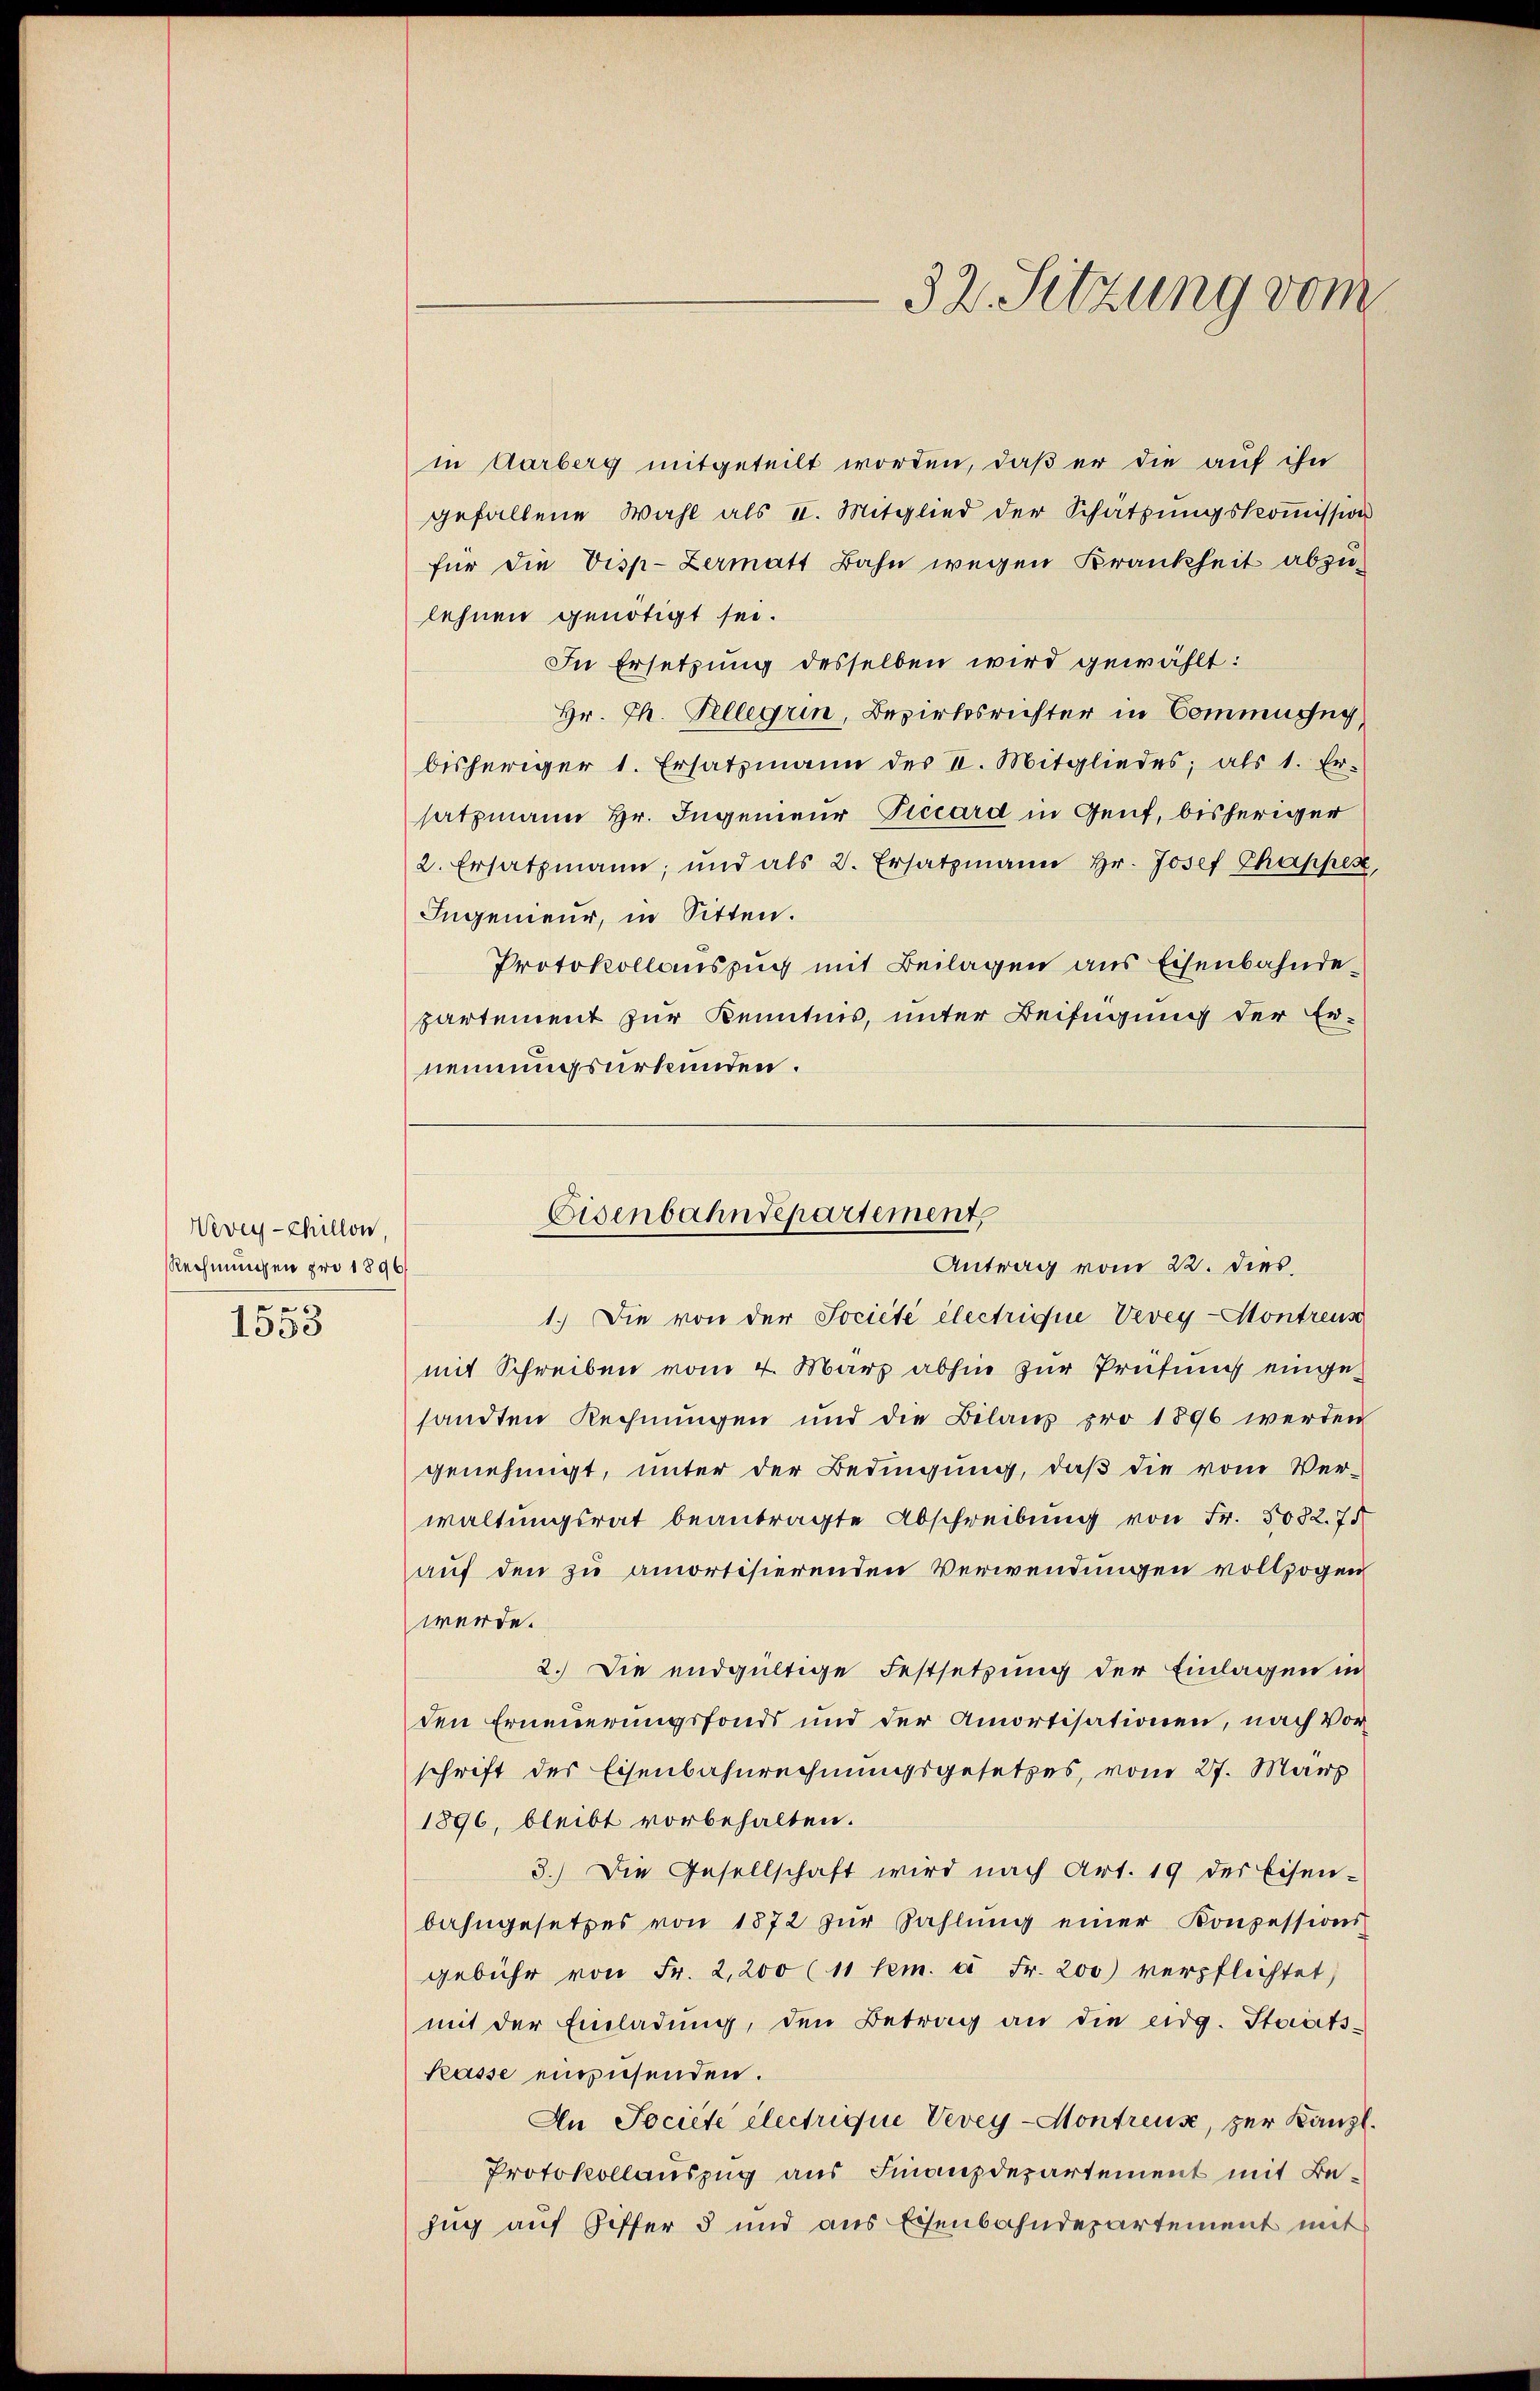
Vevey-chillon
Rechnungen pro 1896/
e

1535

in Aarberg mitgeteilt worden, daß er die auf ihn
gefallene Wahl als II. Mitglied der Schätzungskommission
für die Visp-Zermatt Bahn wegen Krankheit abzu-
lehnen genötigt sei.
In Ersetzung desselben wird gewählt:
Hr. Th. Tellerin, Bezirksrichter in Commissig
bisheriger 1. Ersatzmann des I. Mitgliedes; als 1. Er-
satzmann Hr. Ingenieur Diccard in Genf, bisheriger
2. Ersatzmann, und als 2. Ersatzmann Hr. Josef Chappes,
Ingenieur, in Sitten.
Protokollanszuch mit Beilagen aus Eisenbahndepartement zur Kenntnis, unter Beifügung der Er-
nennungsurkunden.
1.) Die von der Société électrique Vevey-Montreus
mit Schreiben vom 4. März abhin zur Prüfung eingesandten Rechnungen und die Bilans pro 1896 werden
genehmigt, unter der Bedingung, daß die vom Ver-
waltungsrat beantragte Abschreibung von Fr. 5082. 75
auf den zu amortisierenden Verwendungen vollzogen
werde.
2.) Die endgültige Festsetzung der Einlagen in
den Erneuerungsfonds und der Amortisationen, nach Vor
schrift der Eisenbahnrechnungsgesetzes, vom 27. März
1896, bleibt vorbehalten.
3.) Die Gesellschaft wird nach Art. 19 der Eisen-
bahngesetzes von 1872 zŭr Zahlŭng einer Konzessions-
gebühr von Fr. 2,200 (11 lem. à Fr. 200 verpflichtet)
mit der Einladŭng, den Betrag an die eidg. Staats-
Rasse einzusenden.
An Jociété électrique Vevey-Montreuse, zur Kanzl.
Protokollauszug aus Finanzdepartement mit Bezug auf Ziffer 5 und aus Eisenbahndepartement mit

32. Sitzung vom

Eisenbahndepartement,
Antrag vom 22. dies